Annual report of the Imperial Bacteriological Laboratory, Muktesar
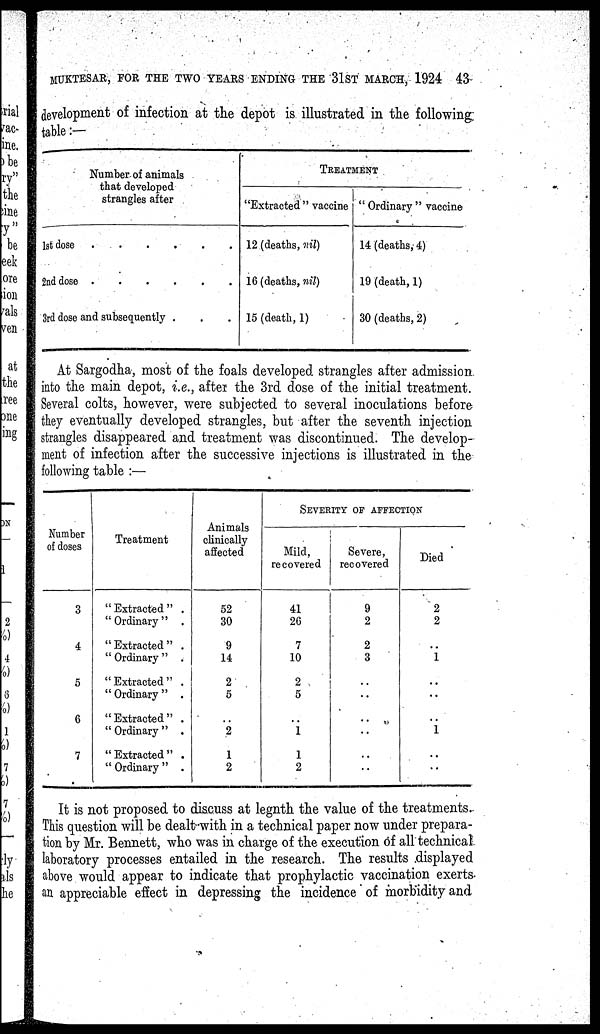
MUKTESAR, FOR THE TWO YEARS ENDING THE 31 ST MARCH, 1924 43
development of infection at the depot is illustrated in the following
table:—
Number of animals
that developed
strangles after
1st dose
2nd dose
3rd dose and subsequently .
TREATMENT
"Extracted " vaccine
12 (deaths, nil)
16 (deaths, nil)
15 (death, 1)
" Ordinary " vaccine
14 (deaths, 4)
19 (death, 1)
30 (deaths, 2)
At Sargodha, most of the foals developed strangles after admission
into the main depot, i.e., after the 3rd dose of the initial treatment.
Several colts, however, were subjected to several inoculations before
they eventually developed strangles, but after the seventh injection
strangles disappeared and treatment was discontinued. The develop-
ment of infection after the successive injections is illustrated in the
following table :—
Number
of doses
3
4
5
6
7
Treatment
"Extracted" .
"Ordinary" .
"Extracted" .
" Ordinary " .
"Extracted" .
" Ordinary " .
"Extracted" .
" Ordinary " .
"Extracted" .
" Ordinary " .
Animals
clinically
affected
52
30
9
14
2
5
2
1
2
SEVERITY OF AFFECTION
Mild,
recovered
41
26
7
10
2
5
1
1
2
Severe,
recovered
9
2
2
3
..
..
..
..
..
..
Died
2
2
1
..
..
..
1
..
..
It is not proposed to discuss at legnth the value of the treatments.
This question will be dealt with in a technical paper now under prepara-
tion by Mr. Bennett, who was in charge of the execution of all technical
laboratory processes entailed in the research. The results displayed
above would appear to indicate that prophylactic vaccination exerts
an appreciable effect in depressing the incidence of morbidity and